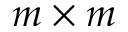
m \times m